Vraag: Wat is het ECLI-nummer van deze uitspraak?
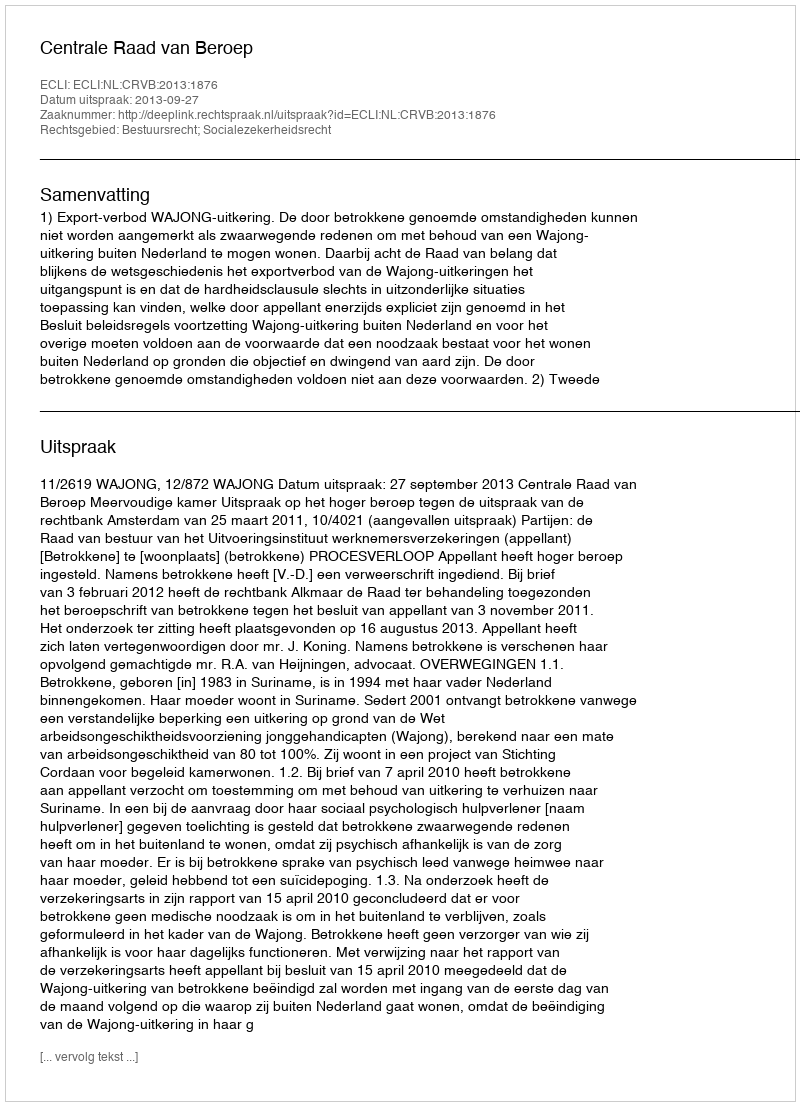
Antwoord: ECLI:NL:CRVB:2013:1876